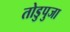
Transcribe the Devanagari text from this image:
तोडुपुजा